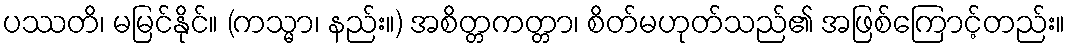
ပဿတိ၊ မမြင်နိုင်။ (ကသ္မာ၊ နည်း။) အစိတ္တကတ္တာ၊ စိတ်မဟုတ်သည်၏ အဖြစ်ကြောင့်တည်း။